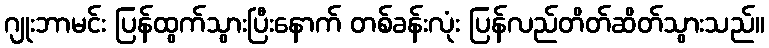
ဂျုးဘာမင်း ပြန်ထွက်သွားပြီးနောက် တစ်ခန်းလုံး ပြန်လည်တိတ်ဆိတ်သွားသည်။